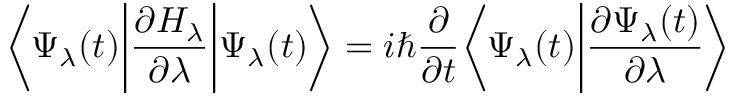
{ \bigg \langle } \Psi _ { \lambda } ( t ) { \bigg | } { \frac { \partial H _ { \lambda } } { \partial \lambda } } { \bigg | } \Psi _ { \lambda } ( t ) { \bigg \rangle } = i \hbar { \frac { \partial } { \partial t } } { \bigg \langle } \Psi _ { \lambda } ( t ) { \bigg | } { \frac { \partial \Psi _ { \lambda } ( t ) } { \partial \lambda } } { \bigg \rangle }